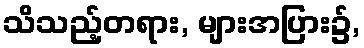
သိသည့်တရား, များအပြား၌,